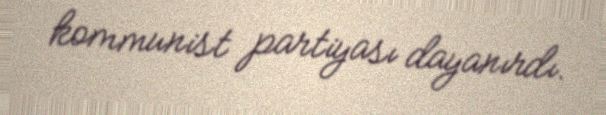
kommunist partiyası dayanırdı.